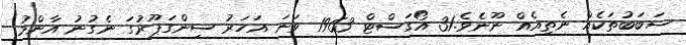
ސަބަބުތަކެއް ނެތިއެއް ނޫނެވެ.31 އޯގަސްޓް 1963 ވަނަ އަހަރު ސިންގަޕޫރުގަ ނެގުނު އާންމު